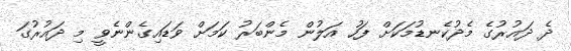
ދެ ދައުރުގެ މެދުކެނޑުމަކަށް ފަހު އަލުން މެންބަރު ކަމަށް ވަޑައިގެންނެވީ މި ދައުރުގަ